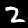
Label: 2